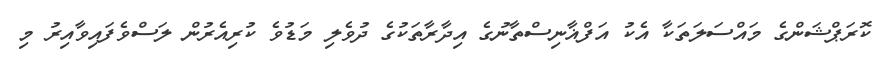
ކޮރަޕްޝަންގެ މައްސަލަތަކާ އެކު އަފްޣާނިސްތާނުގެ އިދާރާތަކުގެ ދުވެލި މަޑުވެ ކުރިއެރުން ލަސްވެފައިވާއިރު މި